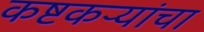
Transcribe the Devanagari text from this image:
कष्टकऱ्यांचा